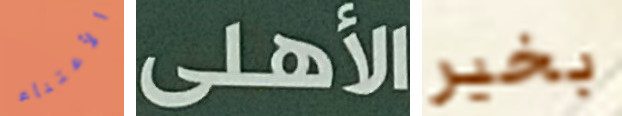
الأعتناء الأهلى بخير